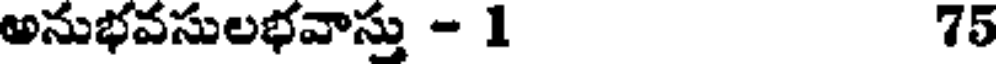
అనుభవసులభవాస్తు - 1 75